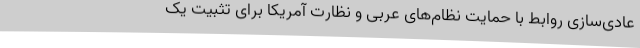
عادی‌سازی روابط با حمایت نظام‌های عربی و نظارت آمریکا برای تثبیت یک